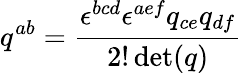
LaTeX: q^{ab}={\frac{\epsilon^{bcd}\epsilon^{aef}q_{ce}q_{df}}{2!\operatorname*{det}(q)}}